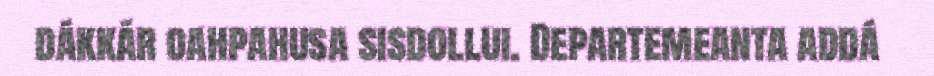
dákkár oahpahusa sisdollui. Departemeanta addá